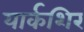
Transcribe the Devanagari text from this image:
यार्कशिर